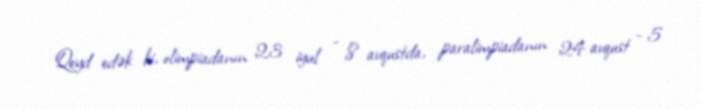
Qeyd edək ki, olimpiadanın 23 iyul - 8 avqustda, paralimpiadanın 24 avqust - 5